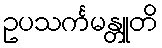
ဥပသင်္ကမန္တူတိ